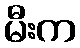
မီးက